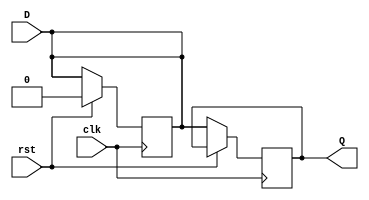
module d_flipflop (
    input clk, 
    input rst,  
    input D,
    output Q
  );
  
  reg Q;
  
  always @(posedge clk) begin
    if (rst) begin
      D <= 1'b0;
    end else begin
      Q <= D;
    end
  end
  
endmodule